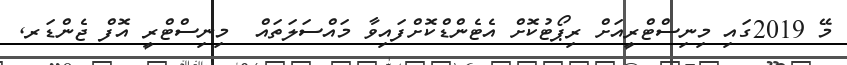
މޭ 2019ގައި މިނިސްޓްރީއަށް ރިޕޯޓުކޮށް އެޓެންޑްކޮށްފައިވާ މައްސަލަތައް  މިނިސްޓްރީ އޮފް ޖެންޑަރ